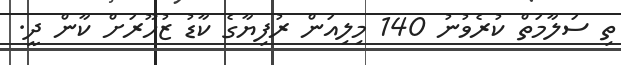
ތި ސަލާމަތް ކުރެވުނު 140 މިލިއަން ރުފިޔާގެ ކާޑު ޒުހޫރަށް ކާން ދީ.